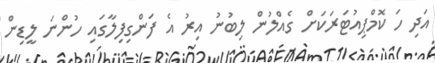
އަދި ހަ ކޮމްޕިއުޓަރަކަށް ގެއްލުން ލިބުނު އިރު އެ ފަންގިފިލާގައި ހުންނަ ލީޑިން